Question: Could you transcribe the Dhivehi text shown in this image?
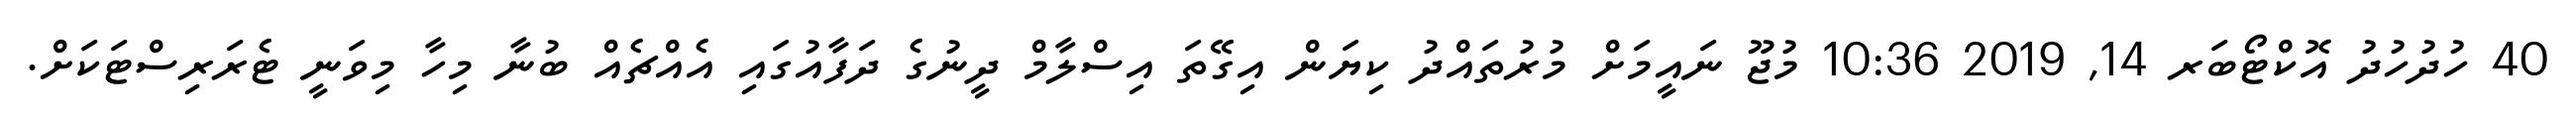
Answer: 40 ހުދުހުދު އޮކްޓޯބަރ 14, 2019 10:36 މުޖޫ ނައީމަށް މުރުތައްދު ކިޔަން އިގޭތަ އިސްލާމް ދީނުގެ ދަފާއުގައި އެއްޗެއް ބުނާ މިހާ މިވަނީ ޓެރަރިސްޓަކަށް.